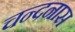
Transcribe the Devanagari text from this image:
चन्दनास